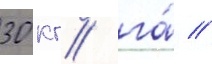
30 кг/ га́ //